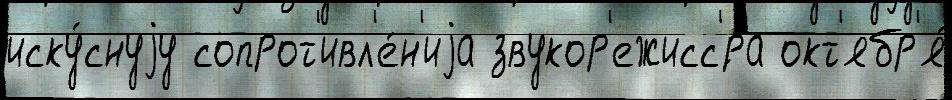
иску́снуjу сопрот'ивл'е́н'иjа звукор'ежисс'́ра окт'ябр'я́